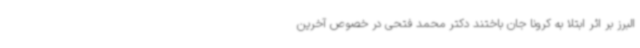
البرز بر اثر ابتلا به کرونا جان باختند دکتر محمد فتحی در خصوص آخرین